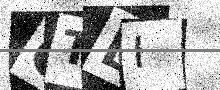
Text: QTLI